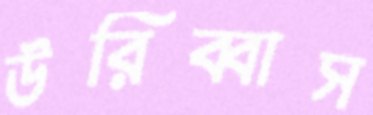
উরিব্বাস